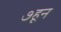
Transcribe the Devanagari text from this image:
७हून